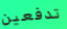
تدفعين